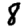
Digit: 8